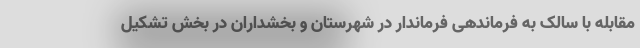
مقابله با سالک به فرماندهی فرماندار در شهرستان و بخشداران در بخش تشکیل